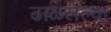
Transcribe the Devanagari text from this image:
ढाळलेल्या